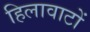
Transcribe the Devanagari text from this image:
हिलावाटों